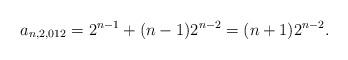
LaTeX: \begin{align*}a_{n,2,012} = 2^{n-1} + (n-1)2^{n-2} = (n+1)2^{n-2}.\end{align*}